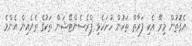
އެގޮތުން މިރޭ އެކި ފަރާތް ތަކުން ހުށަހެޅި ޕްރެސެންޓޭޝަން ތަކުގެ ތެރެއިން އެންމެ